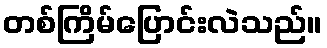
တစ်ကြိမ်ပြောင်းလဲသည်။